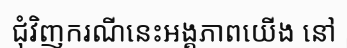
ជុំវិញករណីនេះអង្គភាពយើង នៅ